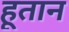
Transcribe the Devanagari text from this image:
हूतान